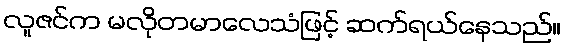
လူဇင်က မလိုတမာလေသံဖြင့် ဆက်ရယ်နေသည်။